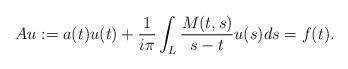
LaTeX: \begin{align*} Au := a(t)u(t) +\frac{1}{i\pi}\int_L\frac{M(t,s)}{s - t}u(s)ds = f(t).\end{align*}